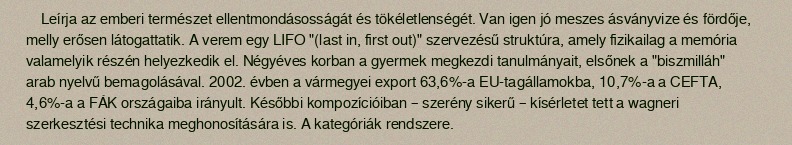
Leírja az emberi természet ellentmondásosságát és tökéletlenségét. Van igen jó meszes ásványvize és fördője, melly erősen látogattatik. A verem egy LIFO "(last in, first out)" szervezésű struktúra, amely fizikailag a memória valamelyik részén helyezkedik el. Négyéves korban a gyermek megkezdi tanulmányait, elsőnek a "biszmilláh" arab nyelvű bemagolásával. 2002. évben a vármegyei export 63,6%-a EU-tagállamokba, 10,7%-a a CEFTA, 4,6%-a a FÁK országaiba irányult. Későbbi kompozícióiban – szerény sikerű – kísérletet tett a wagneri szerkesztési technika meghonosítására is. A kategóriák rendszere.